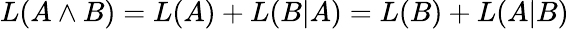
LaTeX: L(A\land B)=L(A)+L(B|A)=L(B)+L(A|B)